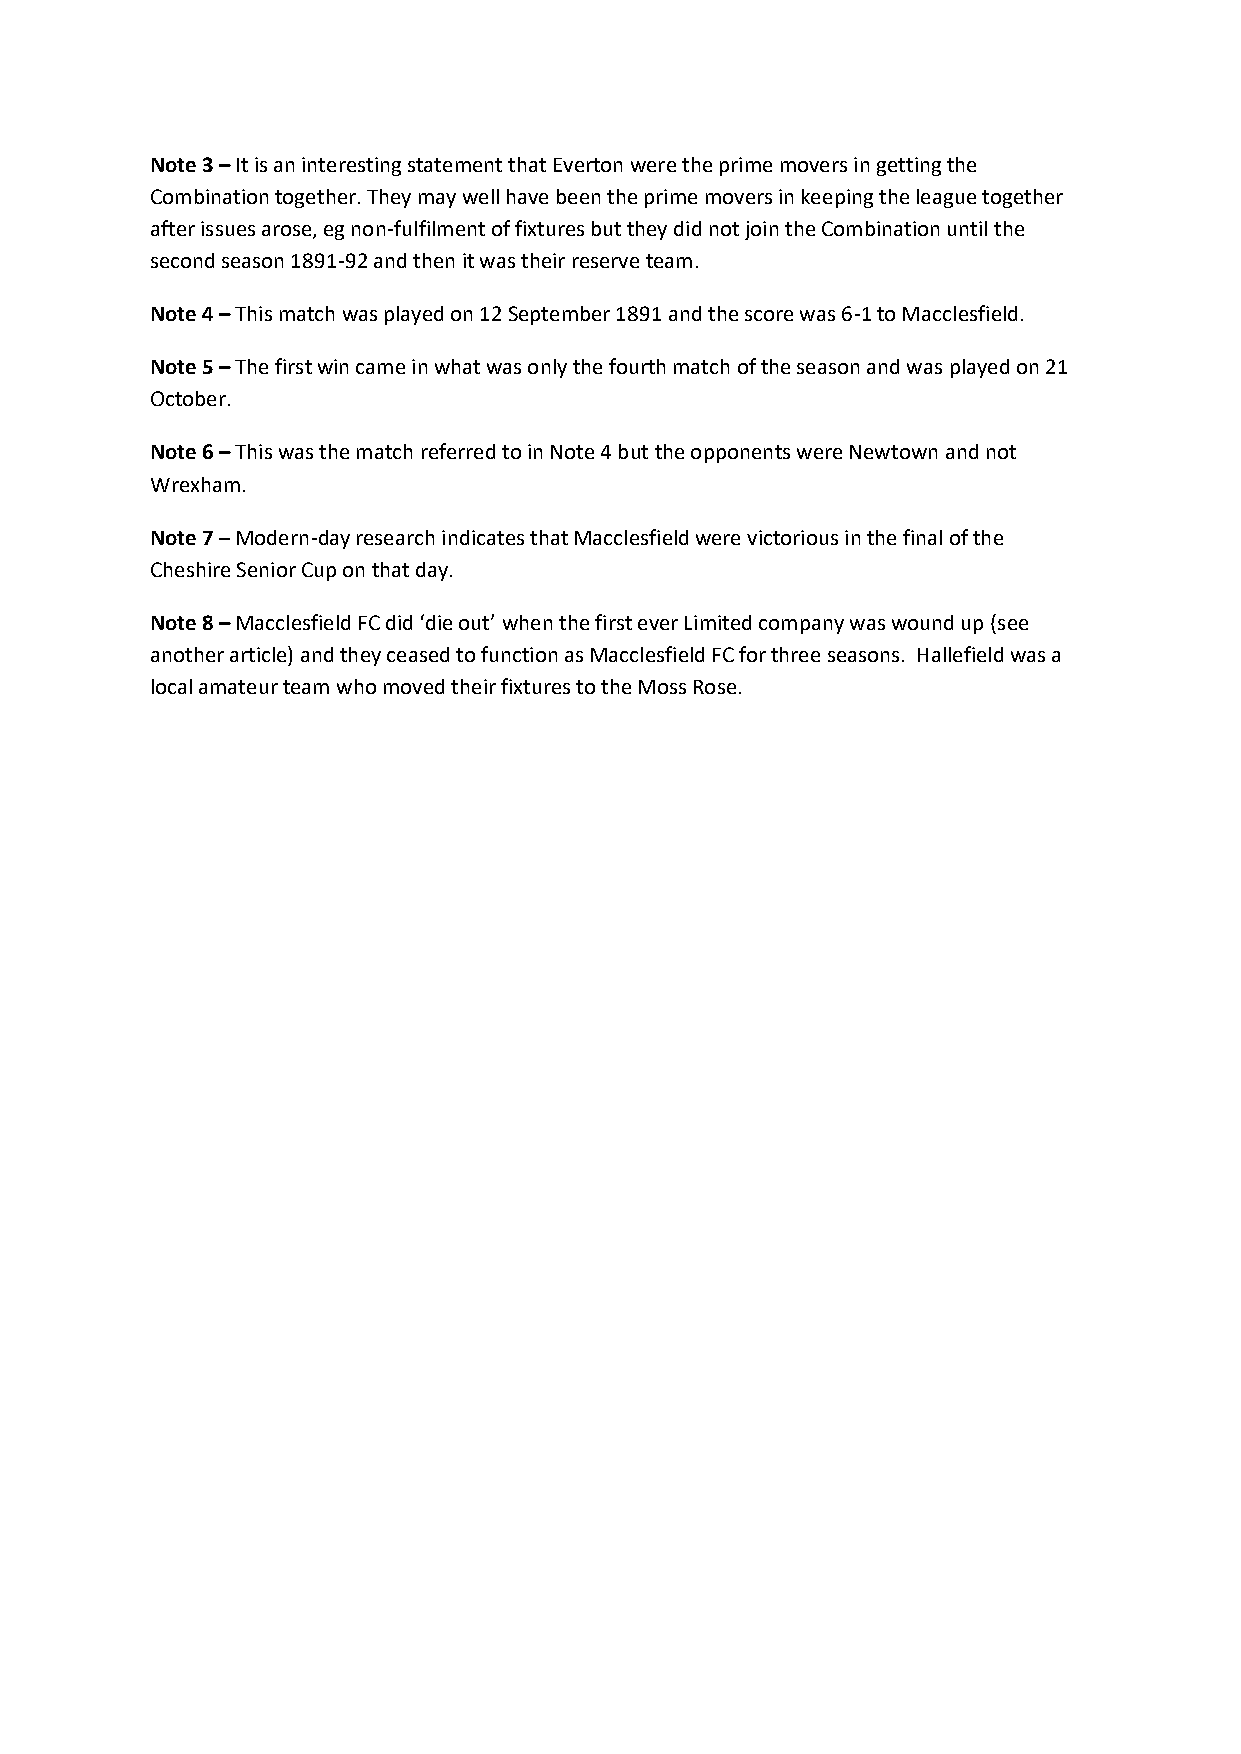
Note 3 – It is an interesting statement that Everton were the prime movers in getting the
 Combination together. They may well have been the prime movers in keeping the league together
 after issues arose, eg non-fulfilment of fixtures but they did not join the Combination until the
 second season 1891-92 and then it was their reserve team.
 Note 4 – This match was played on 12 September 1891 and the score was 6-1 to Macclesfield.
 Note 5 – The first win came in what was only the fourth match of the season and was played on 21
 October.
 Note 6 – This was the match referred to in Note 4 but the opponents were Newtown and not
 Wrexham.
 Note 7 – Modern-day research indicates that Macclesfield were victorious in the final of the
 Cheshire Senior Cup on that day.
 Note 8 – Macclesfield FC did ‘die out’ when the first ever Limited company was wound up (see
 another article) and they ceased to function as Macclesfield FC for three seasons. Hallefield was a
 local amateur team who moved their fixtures to the Moss Rose.